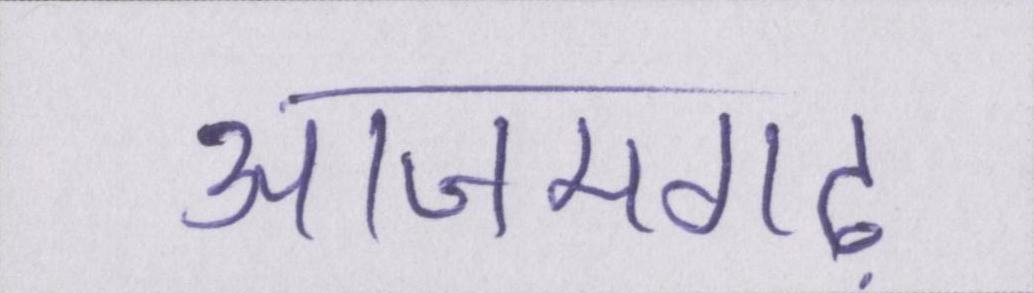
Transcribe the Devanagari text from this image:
आजमगढ़